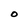
Character: O